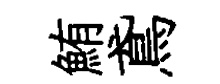
鮪鳶